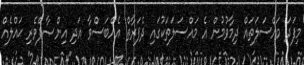
މިފަދަ މައްސަލަތައް ދިމާވުމުން އެ މައްސަލަތަކުގައި ދެފަރާތް އެއްބަސްވާ އަދި އިންޞާފްވެރި ޙައްލެއް